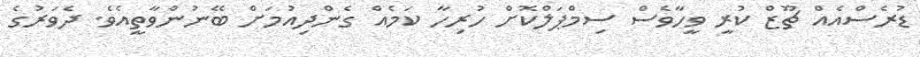
ޑުރެސްއެއް ޗޫޒް ކުރީ ވީހާވެސް ސިމްޕަލްކޮށް ހުރިހާ ކަމެއް ގެންދިއުމަށް ބޭނުންވާތީއެވެ. ދެވަރުގެ